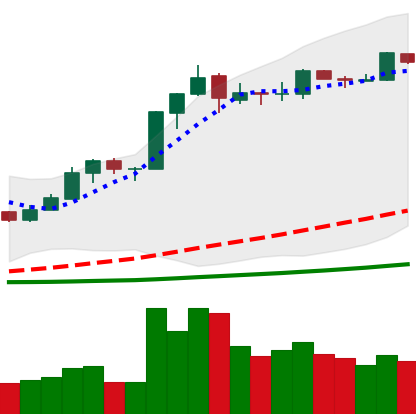
Ticker: BNB-USD
Chart end date: 2019-03-17
Forward return: -3.139%
Label: down_3_5